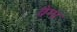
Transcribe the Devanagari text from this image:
वैम्प